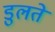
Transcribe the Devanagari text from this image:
डुलते